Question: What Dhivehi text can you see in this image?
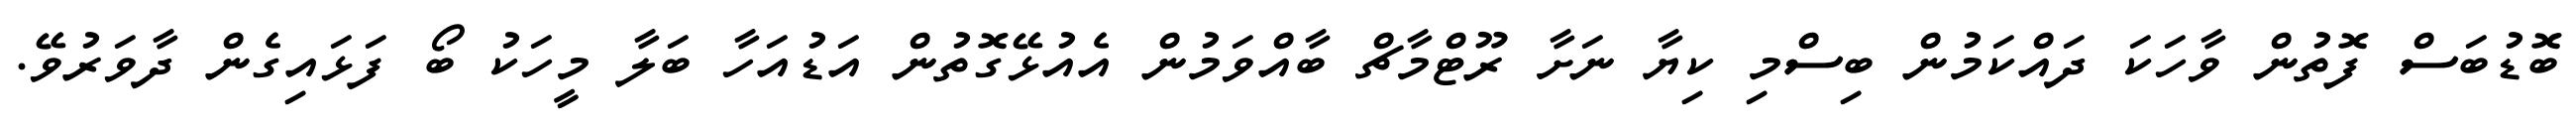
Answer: ބޮޑުބަސް ފޮތުން ވާހަކަ ދައްކަމުން ބިސްމި ކިޔާ ނަށާ ރޫޓްމާޗް ބާއްވަމުން އެއުޅޭގޮތުން އަޑުއަހާ ބަލާ މީހަކު ބޯ ފަޅައިގެން ދާވަރުވޭ.